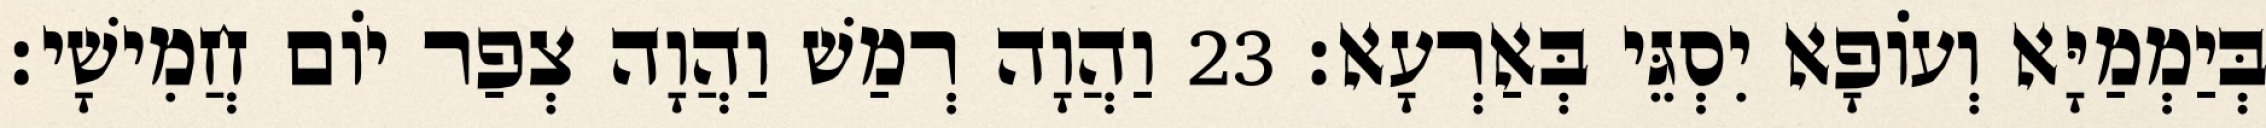
בְּיַמְמַיָּא וְעוֹפָא יִסְגֵּי בְּאַרְעָא׃ 23 וַהֲוָה רְמַשׁ וַהֲוָה צְפַר יוֹם חֲמִישָׁי׃